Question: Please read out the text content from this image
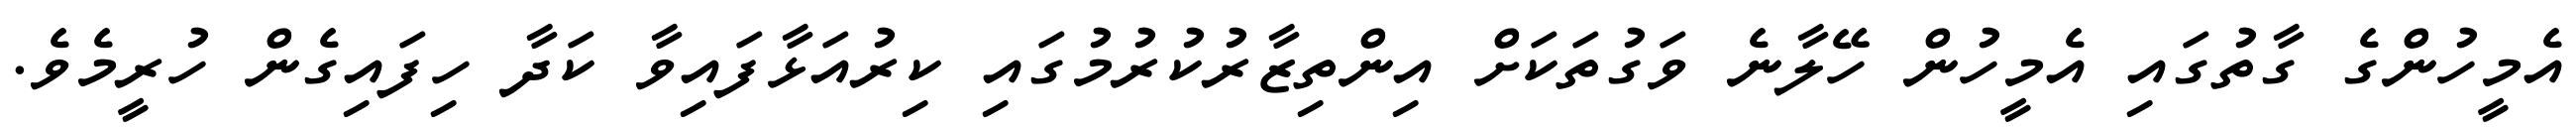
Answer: އެމީހުންގެ ގާތުގައި އެމީހުން ހޭލާނެ ވަގުތަކަށް އިންތިޒާރުކުރުމުގައި ކިރުއަޅާފައިވާ ކަދާ ހިފައިގެން ހުރީމެވެ.